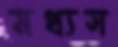
মধ্যস